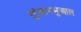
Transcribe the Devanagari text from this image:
लुंआगमुआल